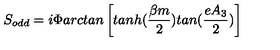
S _ { o d d } = i \Phi a r c t a n \left[ t a n h ( \frac { \beta m } { 2 } ) t a n ( \frac { e A _ { 3 } } { 2 } ) \right]